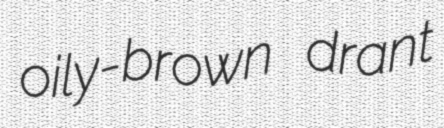
oily-brown drant